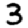
Digit: 3